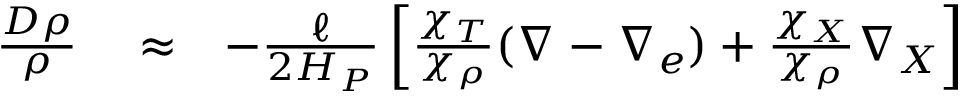
\begin{array} { r l r } { { \frac { D \rho } { \rho } } } & { { } \approx } & { - { \frac { \ell } { 2 H _ { P } } } \left[ { \frac { \chi _ { T } } { \chi _ { \rho } } } ( \nabla - \nabla _ { e } ) + { \frac { \chi _ { X } } { \chi _ { \rho } } } \nabla _ { X } \right] } \end{array}